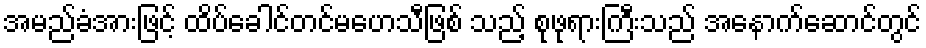
အမည်ခံအားဖြင့် ထိပ်ခေါင်တင်မဟေသီဖြစ် သည့် စုဖုရားကြီးသည် အနောက်ဆောင်တွင်